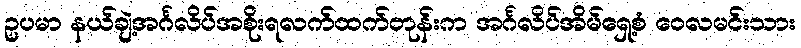
ဥပမာ နယ်ချဲ့အင်္ဂလိပ်အစိုးရလက်ထက်တုန်းက အင်္ဂလိပ်အိမ်ရှေ့စံ ဝေလမင်းသား